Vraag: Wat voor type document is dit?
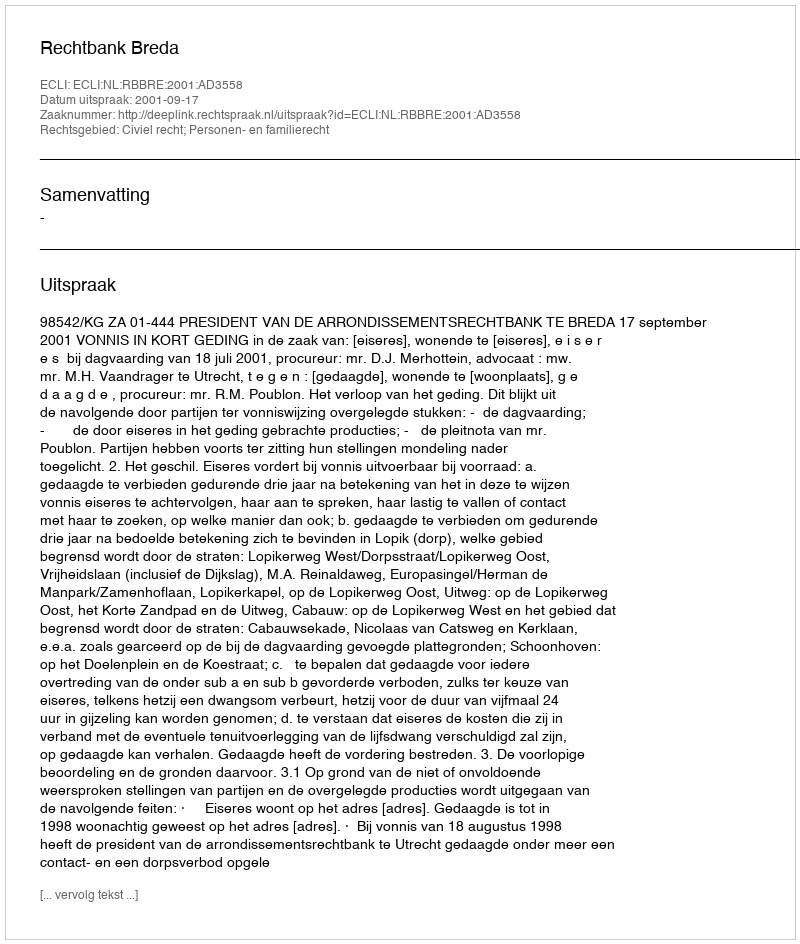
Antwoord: Uitspraak